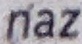
naz